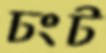
ঢংট